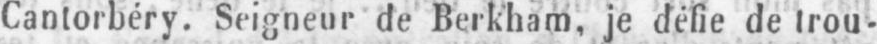
Cantorbéry. Seigneur de Berkham, je défie de trou-